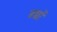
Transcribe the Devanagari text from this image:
डच्चों